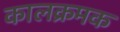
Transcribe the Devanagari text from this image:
कालक्रमक